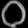
Digit: ၀